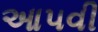
આ૫વી